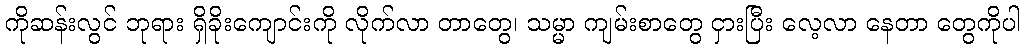
ကိုဆန်းလွင် ဘုရား ရှိခိုးကျောင်းကို လိုက်လာ တာတွေ၊ သမ္မာ ကျမ်းစာတွေ ငှားပြီး လေ့လာ နေတာ တွေကိုပါ